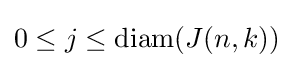
0\leq j\leq \operatorname {diam} (J(n,k))